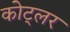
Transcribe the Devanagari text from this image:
कोट्लर